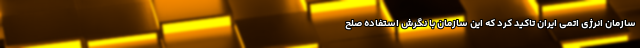
سازمان انرژی اتمی ایران تاکید کرد که این سازمان با نگرش استفاده صلح